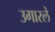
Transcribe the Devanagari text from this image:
उगारले